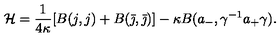
\mathcal H = \frac { 1 } { 4 \kappa } [ B ( j , j ) + B ( \bar { \jmath } , \bar { \jmath } ) ] - \kappa B ( a _ { - } , \gamma ^ { - 1 } a _ { + } \gamma ) .